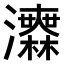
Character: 𤅅